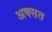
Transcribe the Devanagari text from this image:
अक्सत